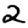
Digit: 2